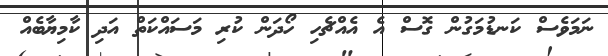
ނަމަވެސް ކަނޑުމަގުން ގޮސް އެ އެއްޗެހި ހޯދަން ކުރި މަސައްކަތް އަދި ކާމިޔާބެއް